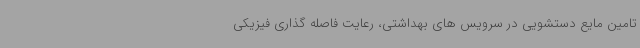
تامین مایع دستشویی در سرویس های بهداشتی، رعایت فاصله گذاری فیزیکی